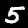
Label: 5